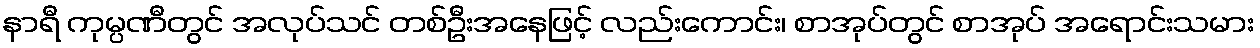
နာရီ ကုမ္ပဏီတွင် အလုပ်သင် တစ်ဦးအနေဖြင့် လည်းကောင်း၊ စာအုပ်တွင် စာအုပ် အရောင်းသမား